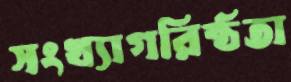
সংখ্যাগরিষ্ঠতা